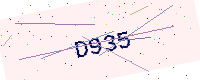
Text: D935